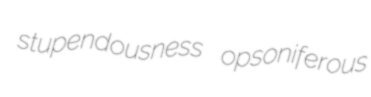
stupendousness opsoniferous